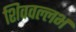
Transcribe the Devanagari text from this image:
शिववल्लभ